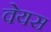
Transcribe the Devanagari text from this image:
वेयस